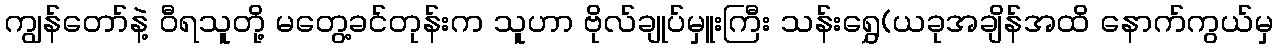
ကျွန်တော်နဲ့ ဝီရသူတို့ မတွေ့ခင်တုန်းက သူဟာ ဗိုလ်ချုပ်မှူးကြီး သန်းရွှေ(ယခုအချိန်အထိ နောက်ကွယ်မှ